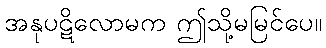
အနုပဋိလောမက ဤသို့မမြင်ပေ။